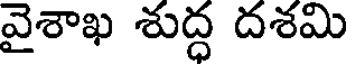
వైశాఖ శుద్ధ దశమి